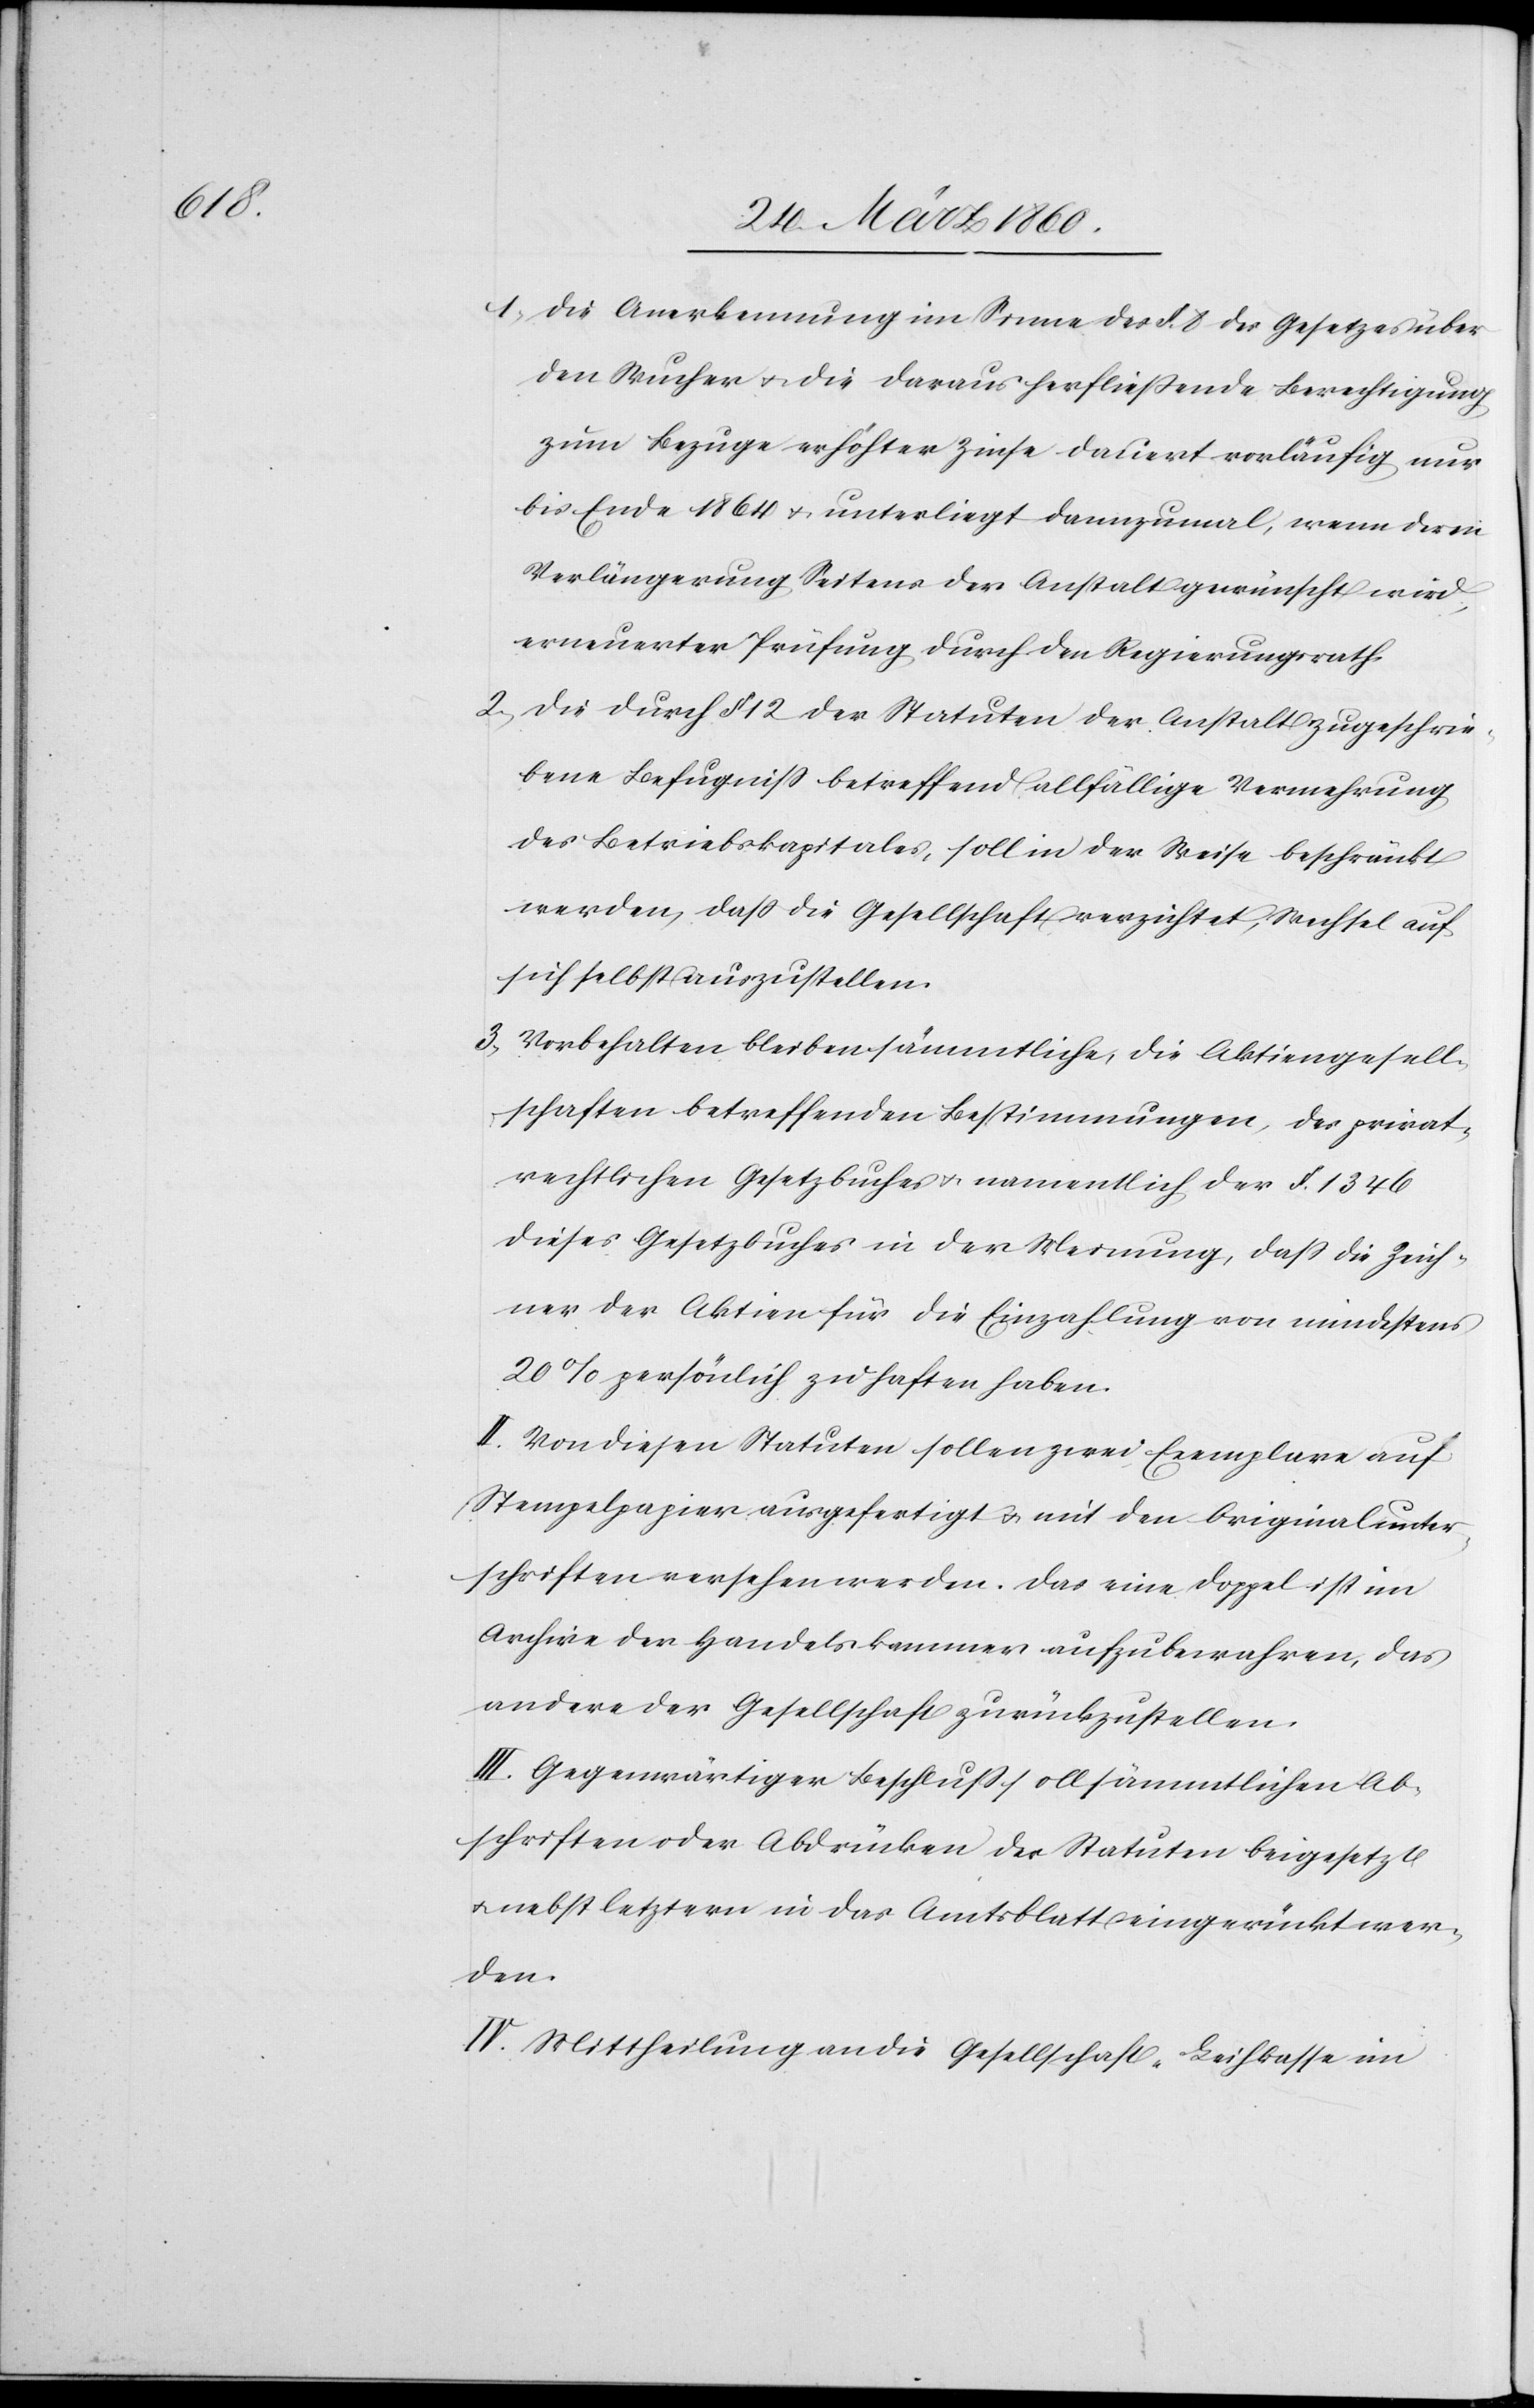
1. Die Anerkennung im Sinne des §. 8. des Gesetzes über
den Wucher u. die daraus herfliessende Berechtigung
zum Bezuge erhöhter Zinse dauert vorläufig nur
bis Ende 1864 u. unterliegt dannzumal, wenn der in
Verlängerung Seitens der Anstalt gewünscht wird,
erneuerter Prüfung durch den Regierungsrath.
2. Die durch §. 12. der Statuten der Anstalt zugeschrie¬
bene Befugniss betreffend allfällige Vermehrung
des Betriebskapitales, soll in der Weise beschränkt
werden, dass die Gesellschaft verzichtet, Wechsel auf
sich selbst auszustellen.
3. Vorbehalten bleiben sämmtliche, die Aktengesell¬
schaften betreffenden Bestimmungen, des privat¬
rechtlichen Gesetzbuches u. namentlich der §. 1346
dieses Gesetzbuches in der Meinung, dass die Zeich¬
ner der Aktien für die Einzahlung von mindestens
20% persönlich zu haften haben.
II. Von diesen Statuten sollen zwei Exemplare auf
Stempelpapier ausgefertigt u. mit den Originalunter¬
schriften versehen werden. Das eine Doppel ist im
Archive der Handelskammer aufzubewahren, das
andere der Gesellschaft zurückzustellen.
III. Gegenwärtiger Beschluss soll sämmtlichen Ab¬
schriften oder Abdrücken der Statuten beigesetzt
u. nebst letztern in das Amtsblatt eingerückt wer¬
den.
IV. Mittheilung an die Gesellschaft „Leihkasse im